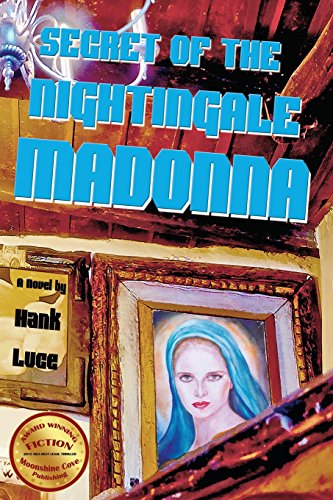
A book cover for Secret of the Nightingale Madonna; Hank Luce; Religion & Spirituality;